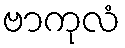
ဗာကုလံ